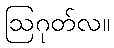
ဩဂုတ်လ။